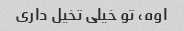
اوه، تو خیلی تخیل داری